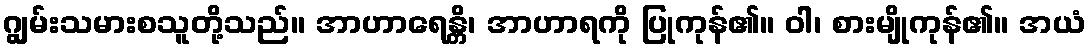
ဂျွမ်းသမားစသူတို့သည်။ အာဟာရေန္တိ၊ အာဟာရကို ပြုကုန်၏။ ဝါ၊ စားမျိုကုန်၏။ အယံ